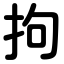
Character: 拘